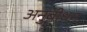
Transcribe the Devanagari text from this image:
अनुबोधन